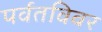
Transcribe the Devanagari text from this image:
पर्वतविवर